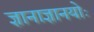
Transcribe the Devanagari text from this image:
ज्ञानाज्ञानयोः